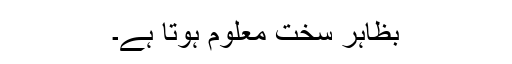
بظاہر سخت معلوم ہوتا ہے۔